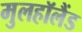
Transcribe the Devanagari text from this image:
मुलहॉलैंड